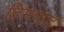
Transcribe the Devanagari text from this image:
हिमपाद